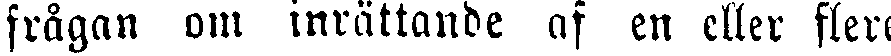
frågan om inrättande af en eller flere